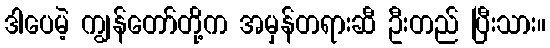
ဒါပေမဲ့ ကျွန်တော်တို့က အမှန်တရားဆီ ဦးတည် ပြီးသား။